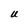
Character: U